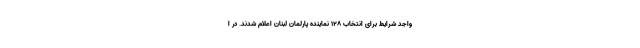
واجد شرایط برای انتخاب ۱۲۸ نماینده پارلمان لبنان اعلام شدند. در ا